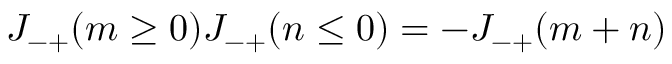
J _ { - + } ( m \ge 0 ) J _ { - + } ( n \le 0 ) = - J _ { - + } ( m + n )